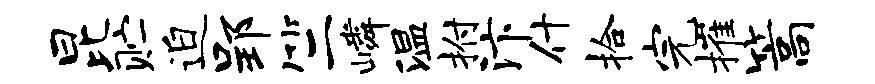
昆贮迫郢竺嶙温拊汴什拾完摧篙